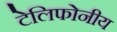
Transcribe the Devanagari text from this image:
टेलिफोनीय